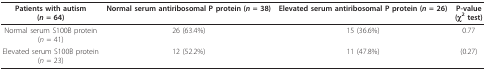
| Patients with autism(n = 64) | Normal serum antiribosomal P protein (n = 38) | Elevated serum antiribosomal P protein (n = 26) | P-value(χ2 test) |
 | --- | --- | --- | --- |
 | Normal serum S100B protein(n = 41) | 26 (63.4%) | 15 (36.6%) | 0.77 |
 | Elevated serum S100B protein(n = 23) | 12 (52.2%) | 11 (47.8%) | (0.27) |